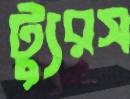
ট্যুরস